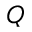
Q